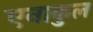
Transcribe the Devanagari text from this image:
एनाकुल